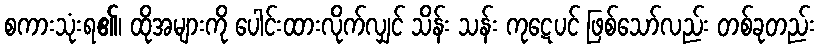
စကားသုံးရ၏၊ ထိုအများကို ပေါင်းထားလိုက်လျှင် သိန်း သန်း ကုဋေပင် ဖြစ်သော်လည်း တစ်ခုတည်း